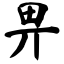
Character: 畀